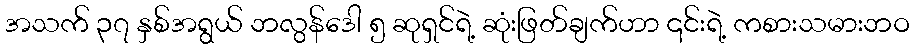
အသက် ၃၇ နှစ်အရွယ် ဘလွန်ဒေါ ၅ ဆုရှင်ရဲ့ ဆုံးဖြတ်ချက်ဟာ ၎င်းရဲ့ ကစားသမားဘဝ